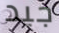
جيد